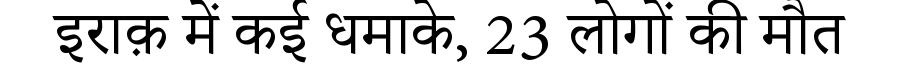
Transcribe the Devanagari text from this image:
इराक़ में कई धमाके, 23 लोगों की मौत